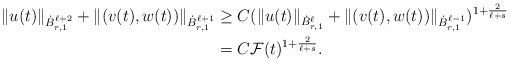
LaTeX: \begin{align*} \|u(t)\|_{\dot{B}^{\ell+2}_{r,1}}+\|(v(t),w(t))\|_{\dot{B}^{\ell+1}_{r,1}}&\geq C(\|u(t)\|_{\dot{B}^{\ell}_{r,1}}+\|(v(t),w(t))\|_{\dot{B}^{\ell-1}_{r,1}})^{1+\frac{2}{\ell+s}}\\ &=C\mathcal{F}(t)^{1+\frac{2}{\ell+s}}.\end{align*}